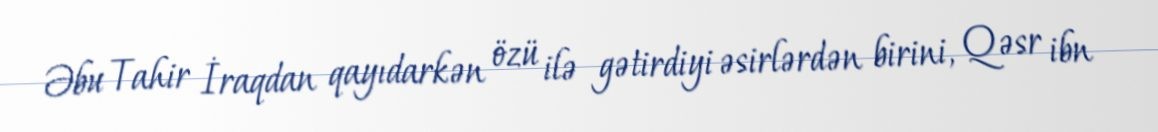
Əbu Tahir İraqdan qayıdarkən özü ilə gətirdiyi əsirlərdən birini, Qəsr ibn